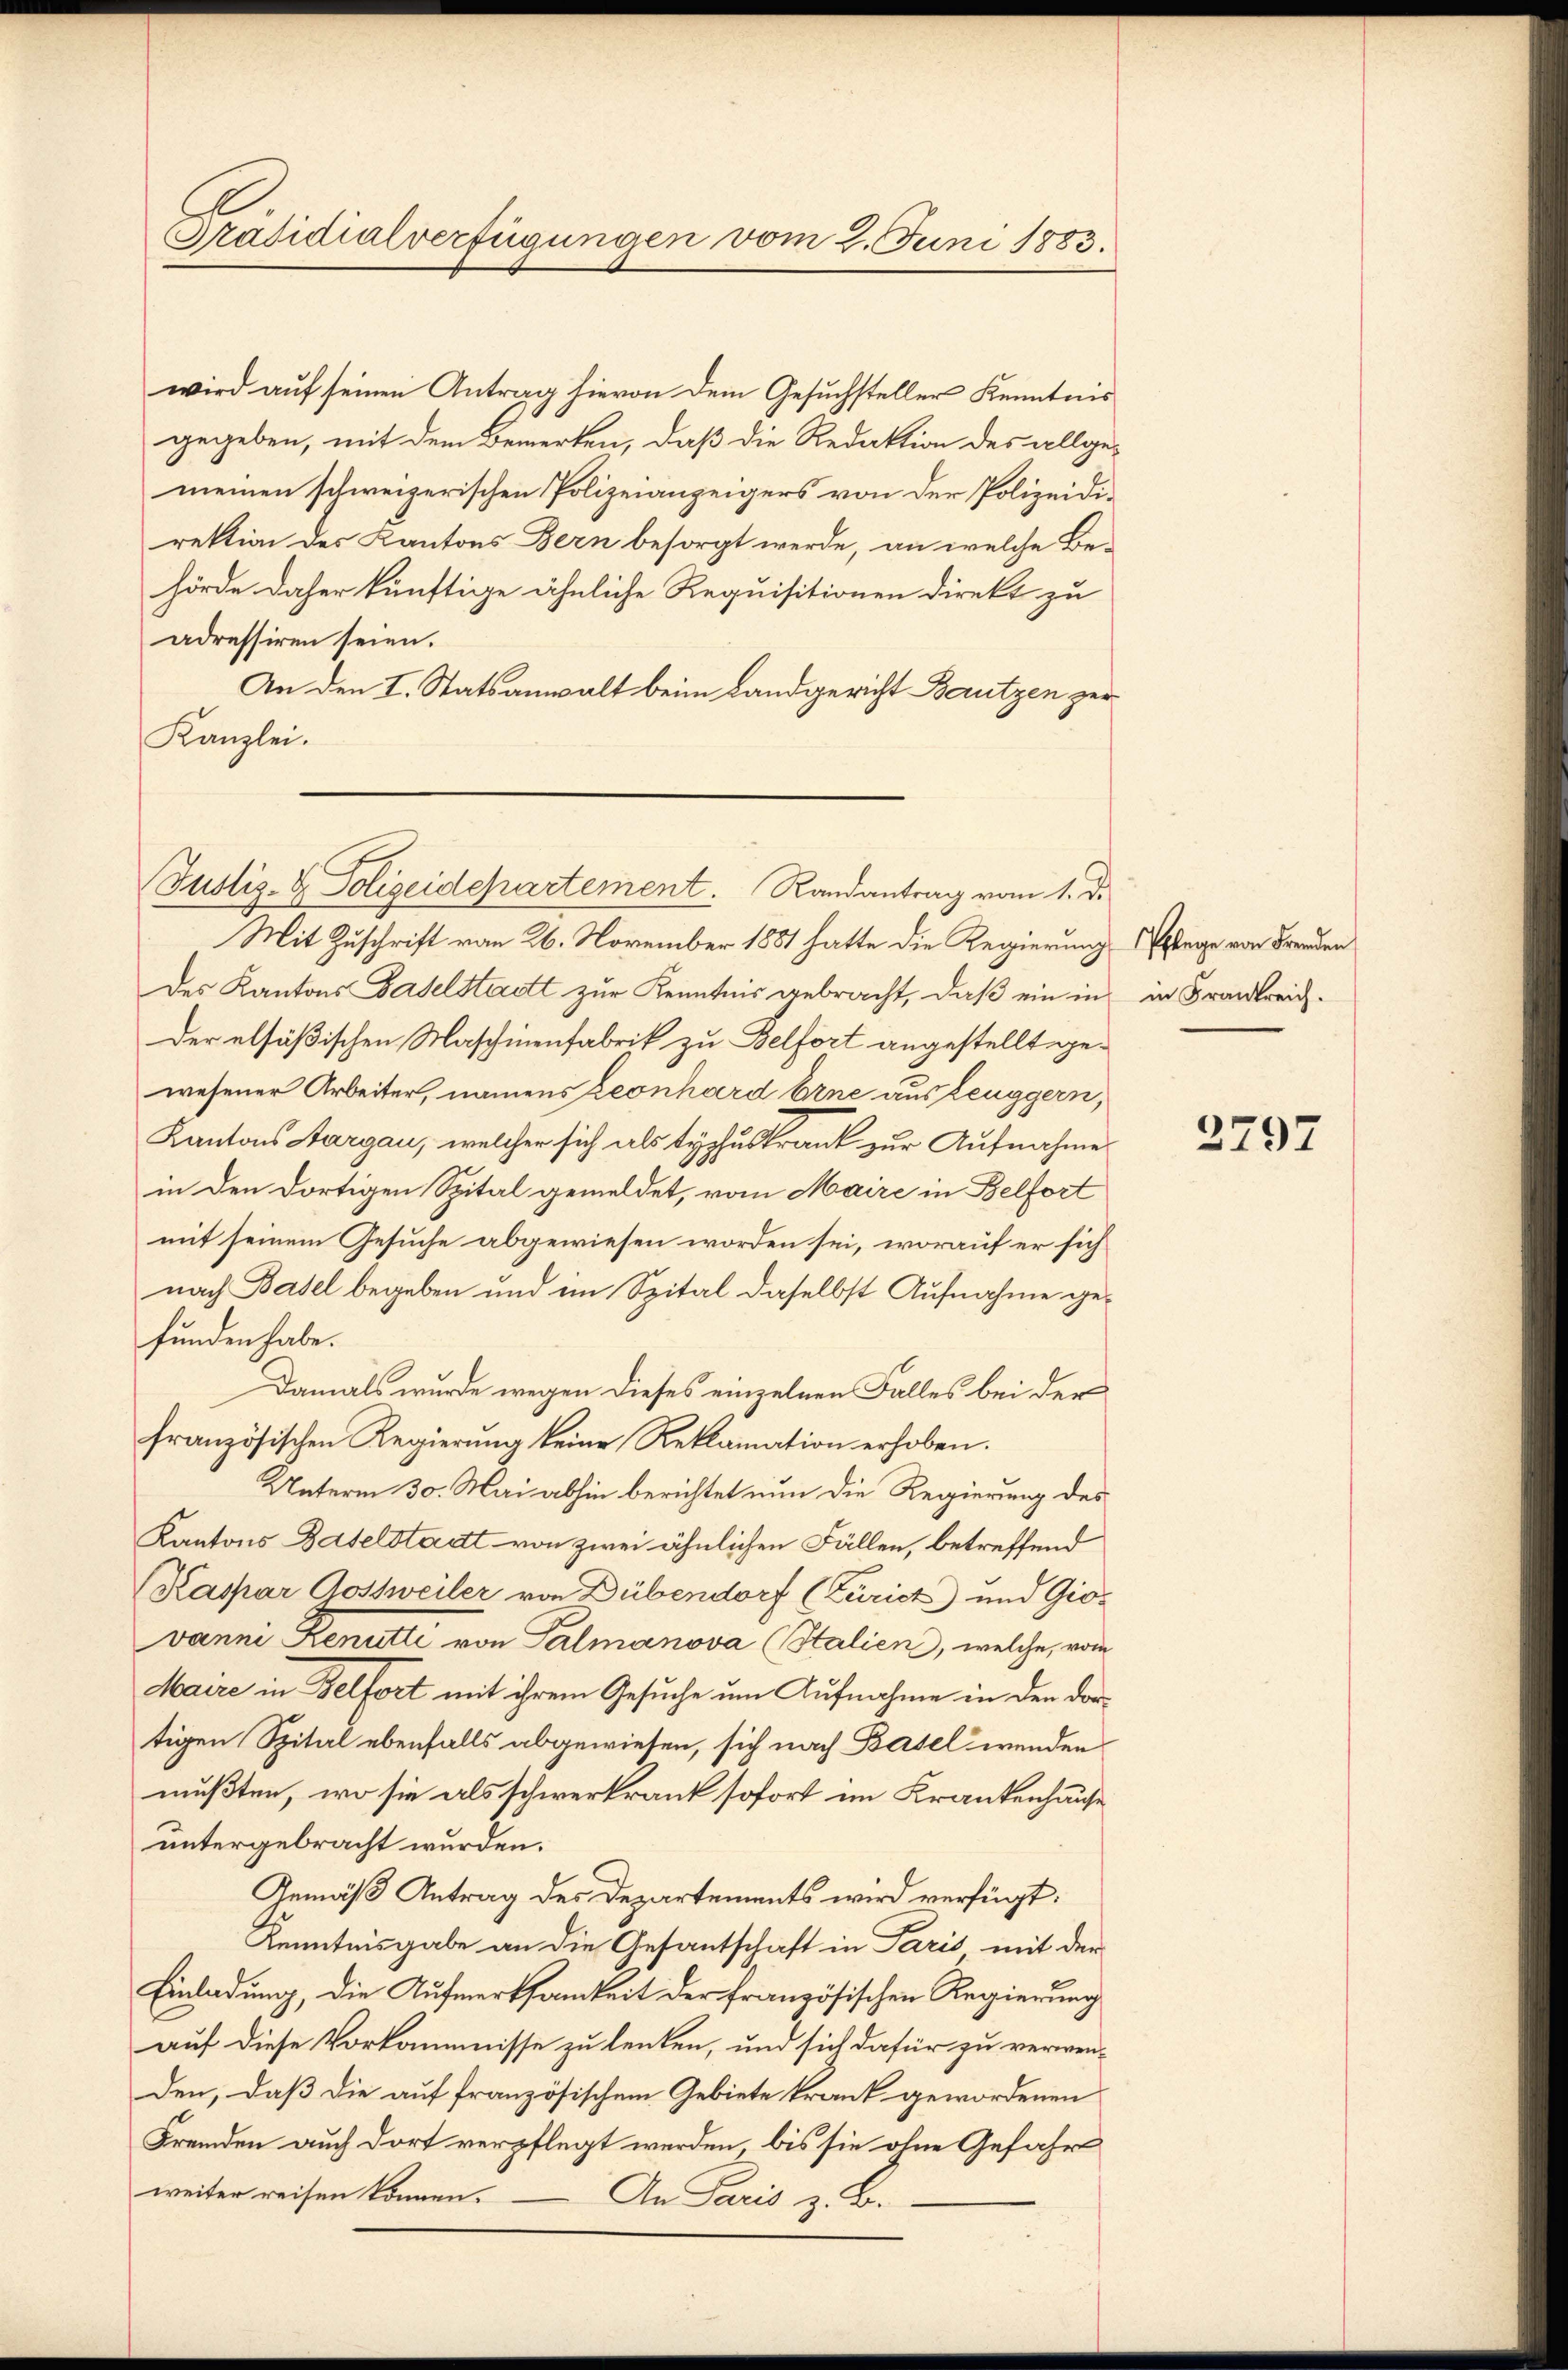
Präsidialverfügungen vom 2. Juni 1883.

wird auf seinen Antrag hievon dem Gesuchsteller Kenntnis
gegeben, mit dem Bemerken, daß die Redaktion des allge-
meinen schweizerischen Polizeianzeigers von der Polizeidirektion des Kantons Bern besorgt werde, an welche Behörde daher künftige ähnliche Requisitionen direkt zu
adressiren seien.
An den I. Statsanwalt beim Landgericht Bautzen zur
Kanzlei.

Justiz- & Polizeidepartement. Randantrag vom 1. d.

Mit Zuschrift vom 26. November 1881 hatte die Regierung lege von Freuden
des Kantons Baselstadt zur Kenntnis gebracht, daß ein in
Der elsäßischen Maschinenfabrik zu Belfort angestellt gewesener Arbeiter, namens Leonhard Erne aus Leuggern,
Kantons Aargau, welcher sich als typhuskrank zur Aufnahme
in den dortigen Spital gemeldet, vom Maire in Belfort
mit seinem Gesuche abgewiesen worden sei, worauf er sich
nach Basel begeben und im Spital daselbst Aufnahme gefunden habe.
Damals wurde wegen dieses einzelnen Falles bei der
französischen Regierung keine Reklamation erhoben.
Unterm 30. Mai abhin berichtet nun die Regierung des
Kantons Baselstadt von zwei ähnlichen Fällen, betreffend
Kaspar Aostweiler von Dübendorf (Zürich) und Giovanne Renutti von Palmanova (Stalien, welche, vom
Maire in Belfort mit ihrem Gesuche um Aufnahme in den dortigen Spital ebenfalls abgewiesen, sich nach Basel wenden
mußten, wo sie als schwerkrank sofort im Krankenhause
untergebracht wurden.
Gemäß Antrag des Departements wird verfügt:
Kenntnisgabe an die Gesantschaft in Paris mit der
Einladung, die Aufmerksamkeit der französischen Regierung
auf diese Vorkommisse zu lenken, und sich dafür zu verwen-
den, daß die auf französischem Gebiete krank gewordenen
Fremden auch dort verpflegt werden, bis sie ohne Gefahr
weiter reisen können.
An Paris z. B.

in Frankreich.

2797